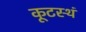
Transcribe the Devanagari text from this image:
कूटस्थं